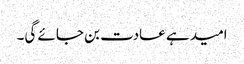
امید ہے عادت بن جائے گی۔